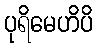
ပုရိမေဟိပိ